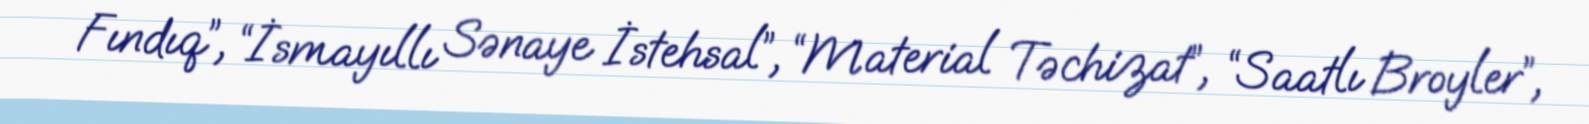
Fındıq”, “İsmayıllı Sənaye İstehsal”, “Material Təchizat”, “Saatlı Broyler”,